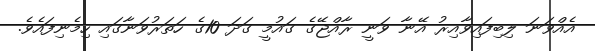
އެއްވަނަ ލިބިފައިވާއިރު އޭނާ ވަނީ ރާއްޖޭގެ ގައުމީ ގަދަ 10ގެ ހަތަރުވަނާގައި ހިމެނިފައެވެ.